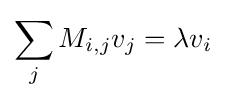
\sum _{j}M_{i,j}v_{j}=\lambda v_{i}